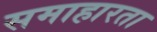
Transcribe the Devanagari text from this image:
समाहारता